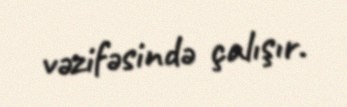
vəzifəsində çalışır.